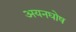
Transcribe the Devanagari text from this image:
अयनघोष